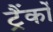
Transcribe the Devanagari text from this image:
ट्रैंकों